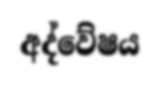
අද්වේෂය